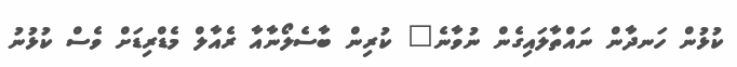
ކުޅުން ހަނދާން ނައްތާލައިގެން ނުވާނެ" ކުރިން ބާސެލޯނާއާ ރެއާލް މެޑްރިޑަށް ވެސް ކުޅުނު